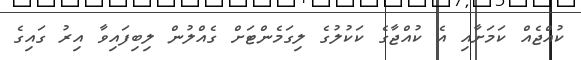
ކުއްޖެއް ކަމަށާއި އެ ކުއްޖާގެ ކަކުލުގެ ލިގަމެންޓަށް ގެއްލުން ލިބިފައިވާ އިރު ގައިގެ